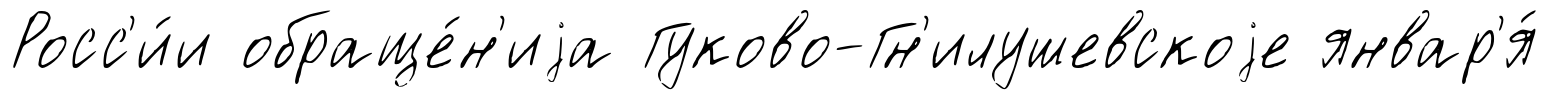
Росс'и́и обраще́н'иjа Гуково-Гн'илушевскоjе январ'я́